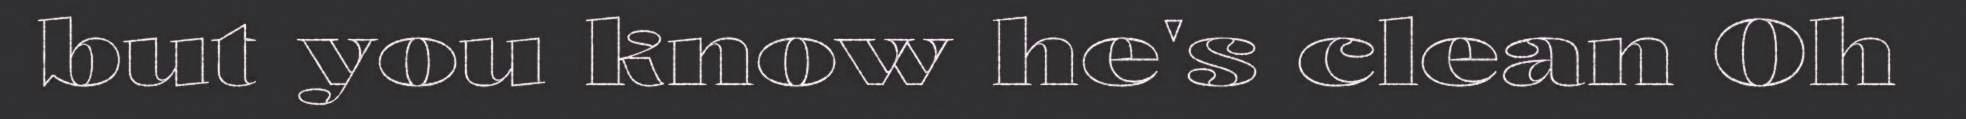
but you know he's clean Oh